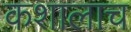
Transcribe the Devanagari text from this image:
कशालाच